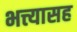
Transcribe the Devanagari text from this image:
भत्त्यासह